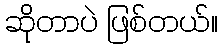
ဆိုတာပဲ ဖြစ်တယ်။